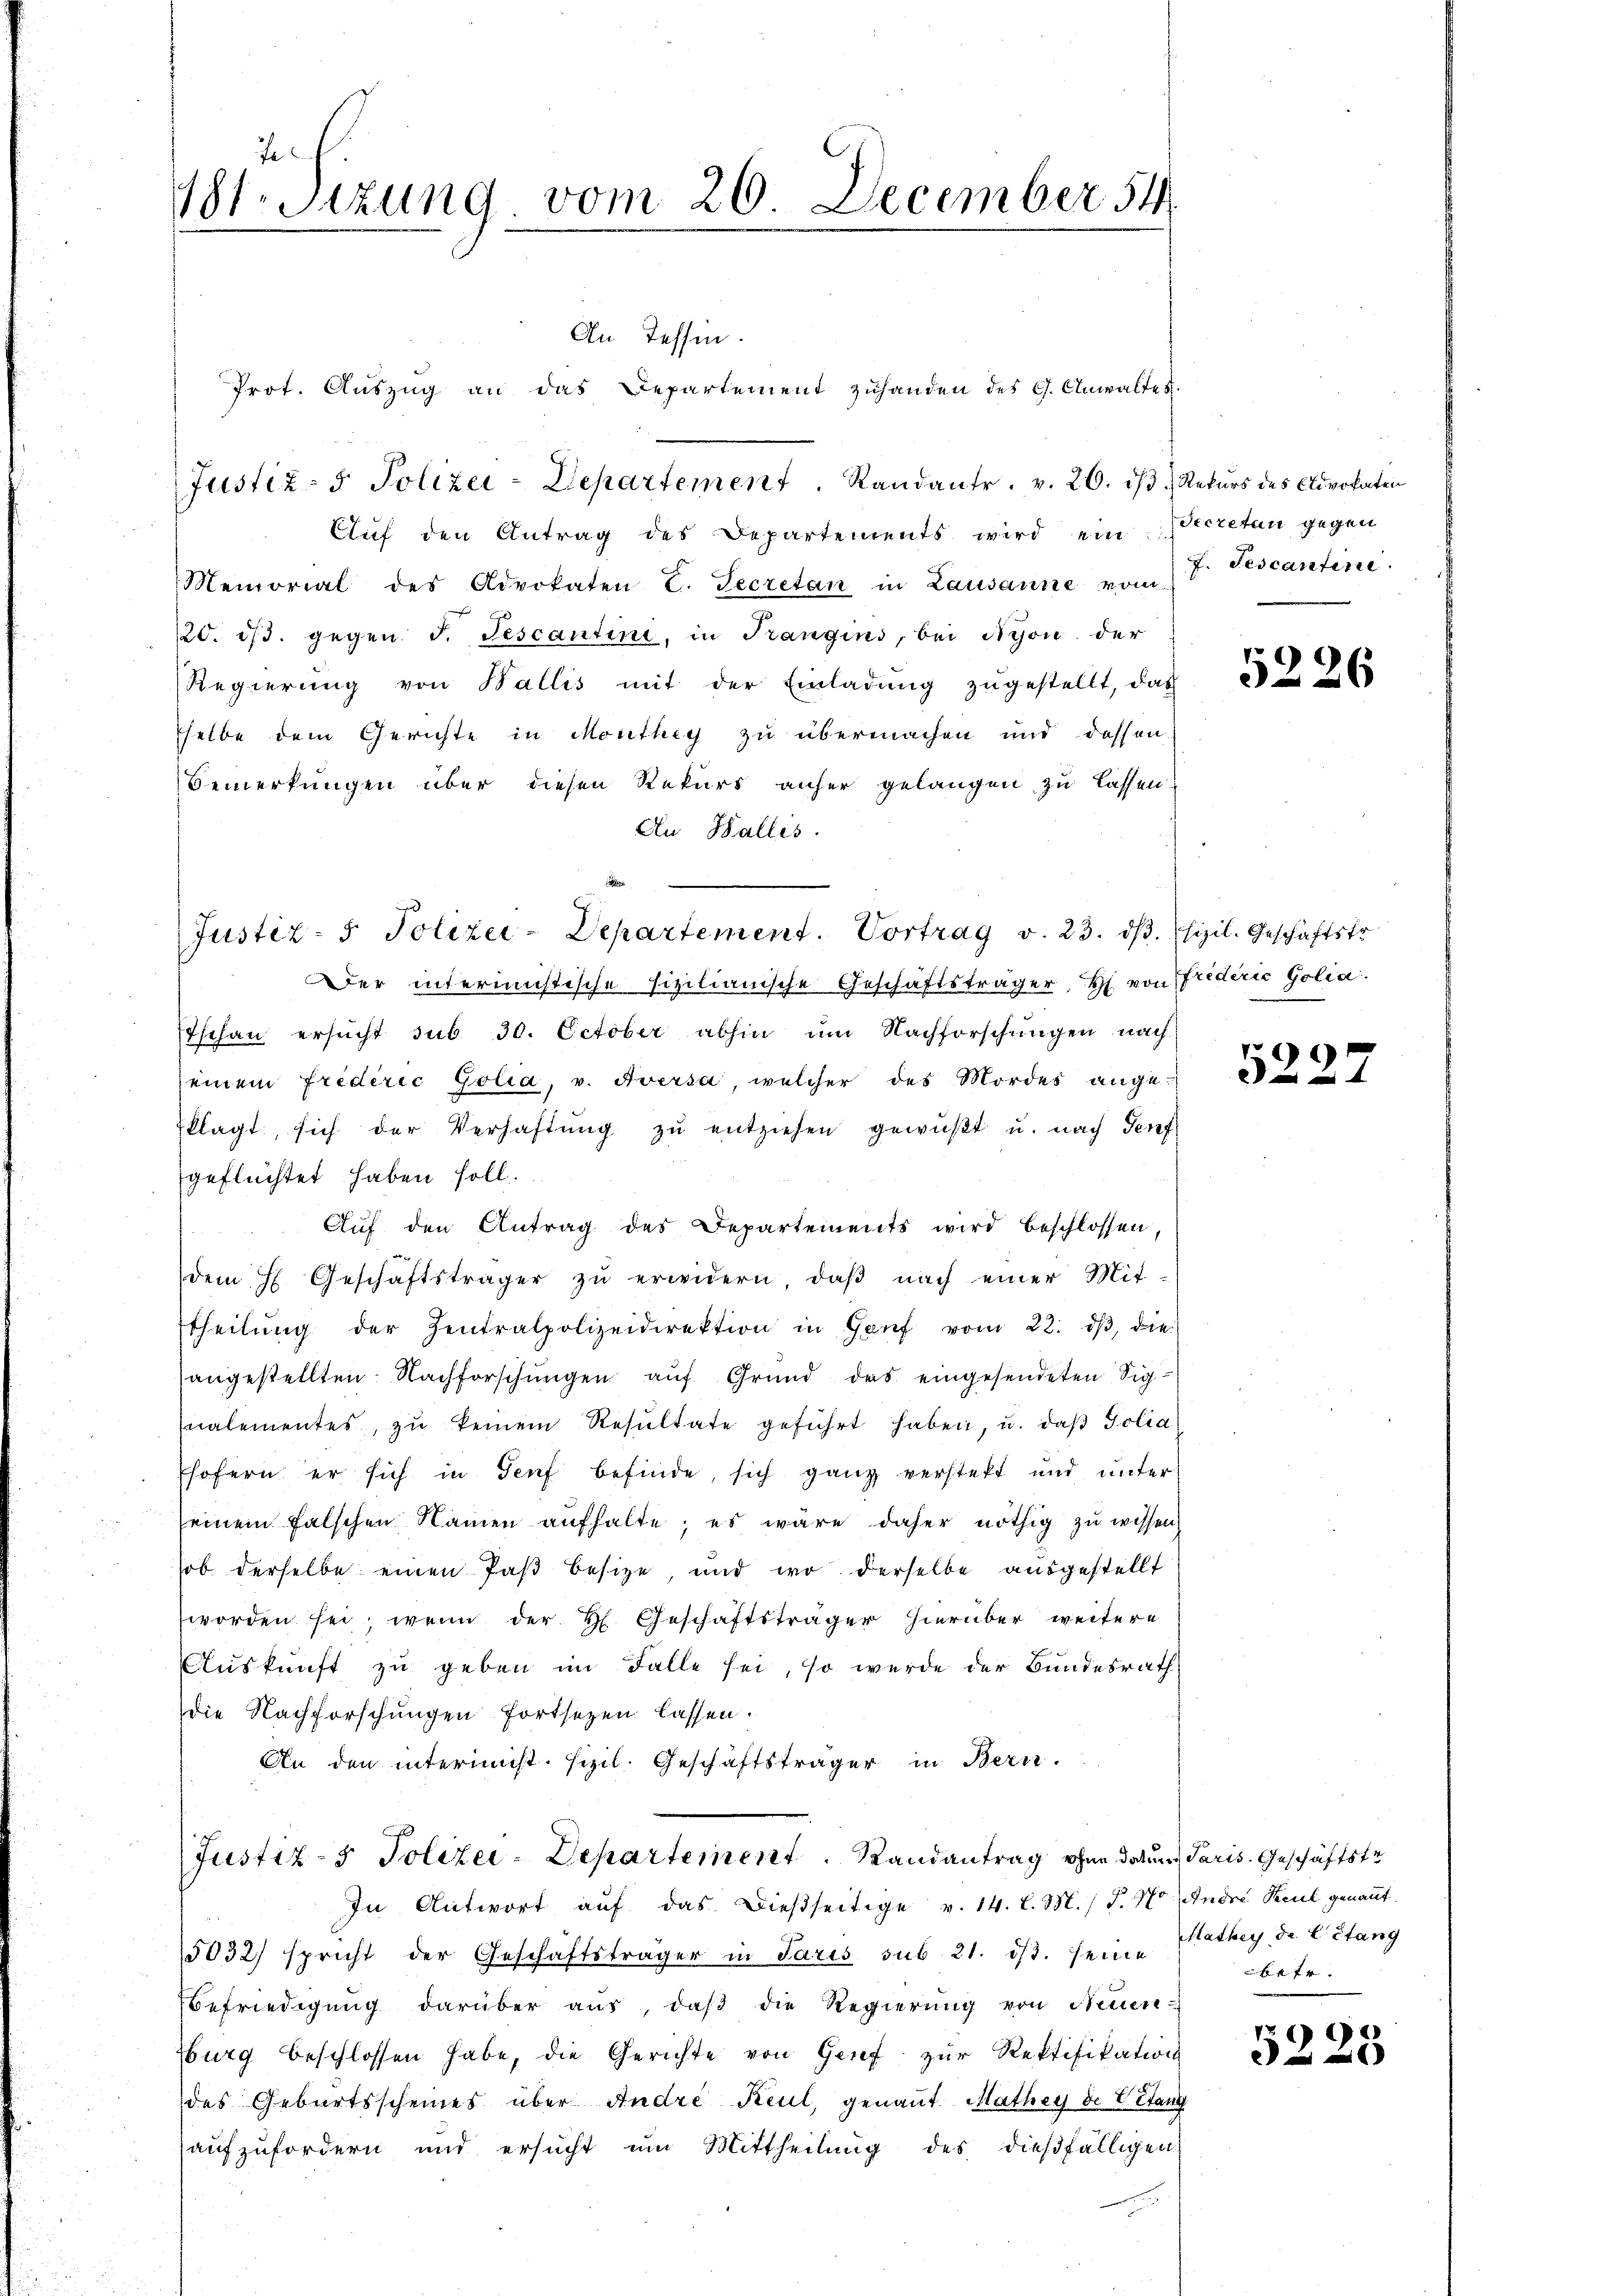
Je
181. Sitzung vom 26. December 54

An Tessin.
Prot. Aŭszŭg an das Departement zuhanden des G. Anwaltes.
Justiz- & Polizei-Departement. Randants, v. 26. iß Rekurs des Civokaten
Auf den Antrag des Departements wird ein Secretan gegen
Memorial des Advokaten E. Secretan in Lausanne vom
20. dβ. gegen F. Tescantini, in Trangins, bei Nyon der
Regierŭng von Wallis mit der Einladŭng zŭgestellt, das
sselbe dem Gerichte in Monthey zu übermachen und dessen
Bemerkungen über diesen Rekurs anher gelangen zu lassen.
An Wallis.

Justiz- & Polizei-Departement. Vortrag v. 23. dβ. sizil. Geschäftstr
Der interimistische sizilianische Geschäftsträger, H. von friderie Golia.
Tschau ersŭcht sub 30. October abhin um Nachforschungen nach
seinem Friderić Golia, v. Aversa welcher des Mordes ange-
klagt, sich der Verhaftŭng zŭ entziehen gewußt u. nach Teuf
geflüchtet haben soll.
Auf den Antrag des Departements wird beschlossen,
dem H. Geschäftsträger zŭ erwidern, daβ nach einer Mit-
theilŭng der Zentralpolizeidirektion in Genf vom 22. dβ, die
angestellten Nachforschungen auf Grund das eingesendeten Signalementes, zŭ keinem Resultate geführt haben, u. daβ Polia
Ehofern er sich in Genf befinde, sich ganz versteht und unter
seinem falschen Namen aufhalte; es wäre daher nöthig zu wissen,
hob derselbe einen Paβ besitze, und wo derselbe ausgestellt
worden sei, wenn der H. Geschäftsträger hierüber weitere
Aŭskŭnft zŭ geben im Falle sei, so werde der Bundesrath
Die Nachforschungen fortsetzen lassen.
An den interimist. Sizil. Geschäftsträger in Bern.

Justiz- & Polizei-Departement. Randantrag ohne datum Paris. Geschäftste
In Antwort aŭf das dießseitige v. 14. l. M. P. Nr. Andre Keul genannt.

5032) spricht der Geschäftsträger in Paris sub. 21. dβ. seine Mathey de l’étang
Befriedigung darüber aus, daß die Regierung von Neuen-
burg beschlossen habe, die Gerichte von Genf zur Rektifikation
des Geburtsscheines über Andre Keul, genant Mathey de Vitang
aufzufordern und ersucht um Mittheilung des dießfälligen

f. Tescantire

5226

5223

betr.

5228